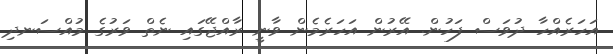
އަހަރެއްހާ ދުވަސް ފަހުން. އޭރުން އަހަރެމެން ވާނީ ރާއްޖޭގައި ނެތް ވަރުގެ މުއްސަނދި